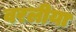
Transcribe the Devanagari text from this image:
वरलीया